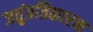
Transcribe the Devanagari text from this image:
जतुंप्रतिकारक